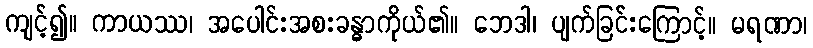
ကျင့်၍။ ကာယဿ၊ အပေါင်းအစးခန္ဓာကိုယ်၏။ ဘေဒါ၊ ပျက်ခြင်းကြောင့်။ မရဏာ၊